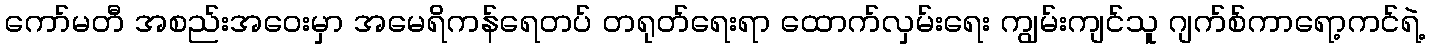
ကော်မတီ အစည်းအဝေးမှာ အမေရိကန်ရေတပ် တရုတ်ရေးရာ ထောက်လှမ်းရေး ကျွမ်းကျင်သူ ဂျက်စ်ကာရော့ကင်ရဲ့